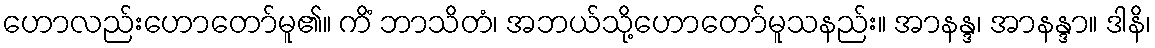
ဟောလည်းဟောတော်မူ၏။ ကိံ ဘာသိတံ၊ အဘယ်သို့ဟောတော်မူသနည်း။ အာနန္ဒ၊ အာနန္ဒာ။ ဒါနိ၊